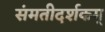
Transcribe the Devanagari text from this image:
संमतीदर्शकम्